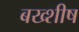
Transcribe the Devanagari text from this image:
बख्शीष